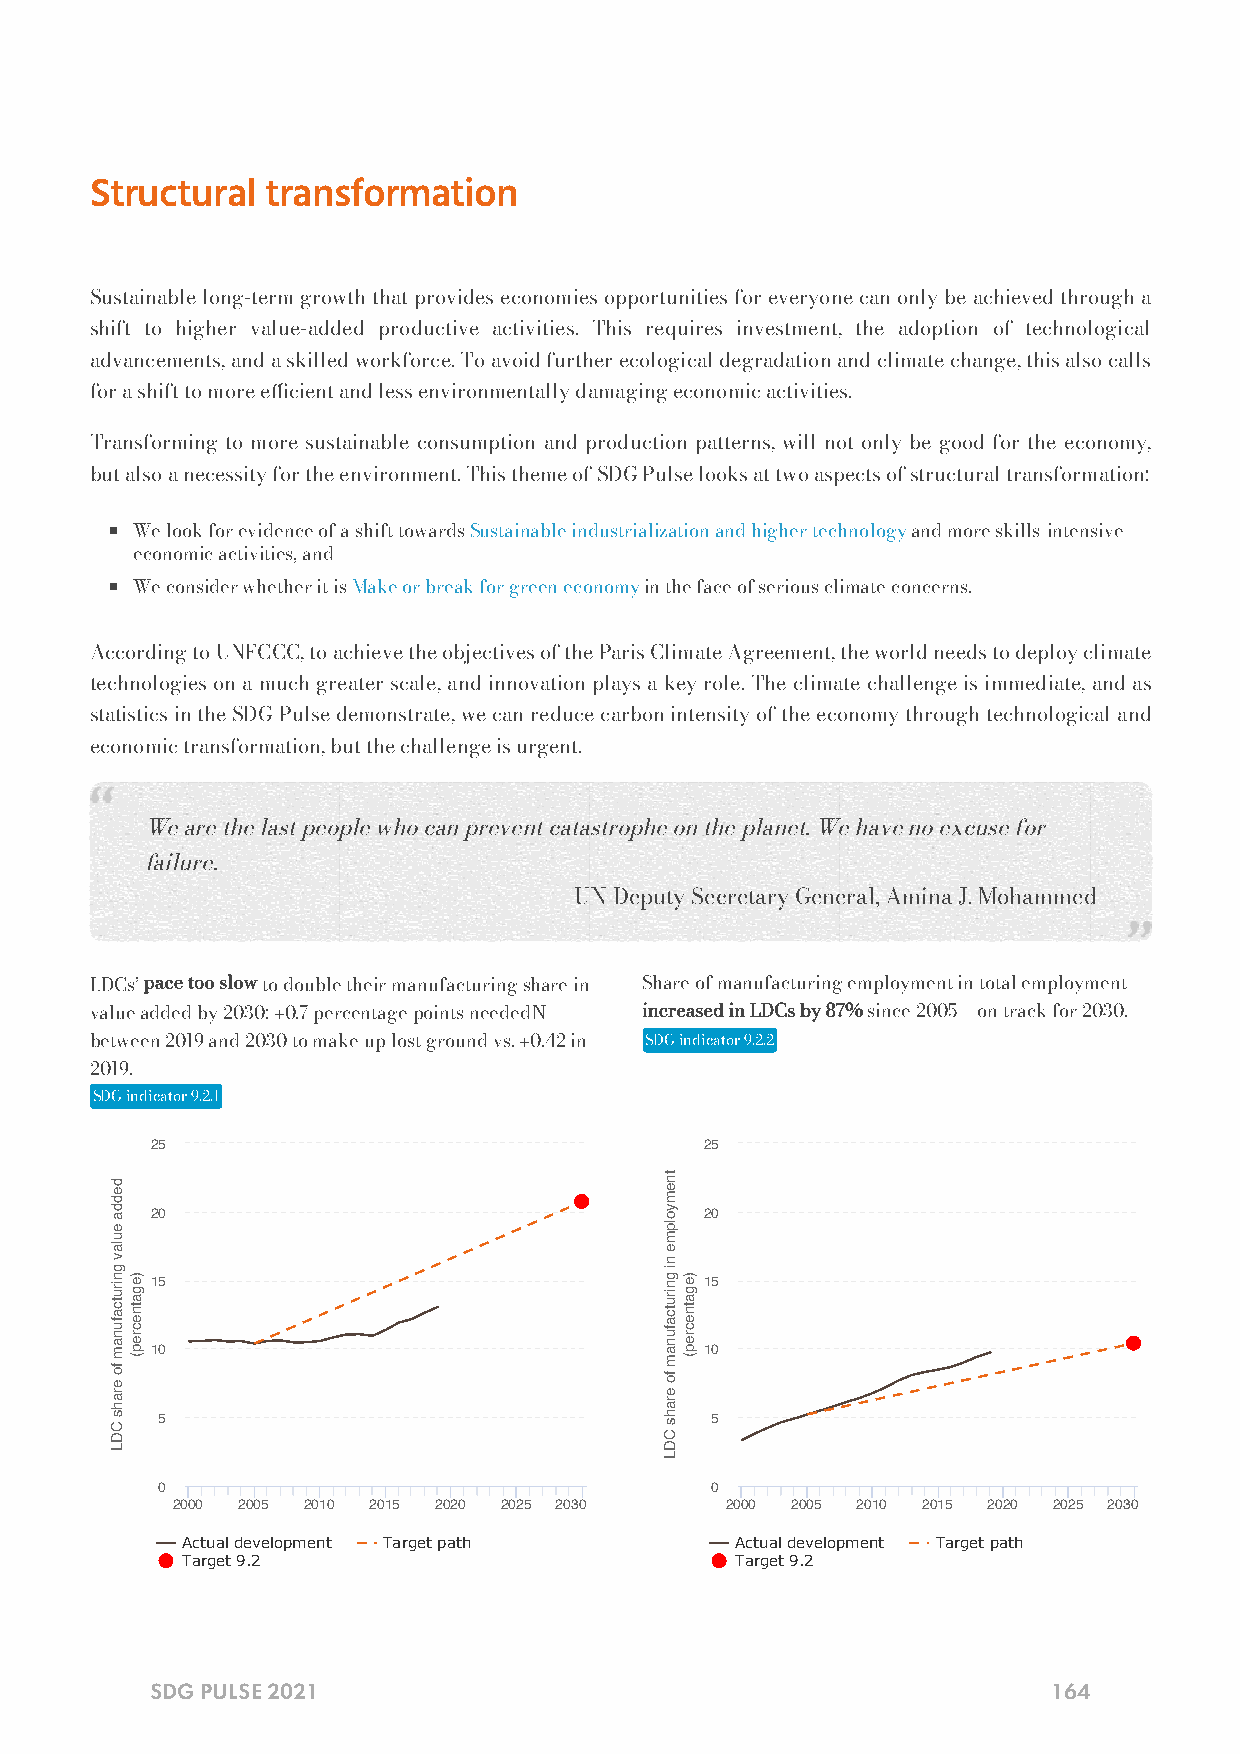
Structural  transformation
 Sustainable long-term growth that provides economies opportunities for everyone can only be achieved through a
 shift to higher value-added productive activities. This requires investment, the adoption of technological
 advancements, and a skilled workforce. To avoid further ecological degradation and climate change, this also calls
 for a shift to more ecient and less environmentally damaging economic activities.
 Transforming to more sustainable consumption and production patterns, will not only be good for the economy,
 but also a necessity for the environment. This theme of SDG Pulse looks at two aspects of structural transformation:
 We look for evidence of a shift towards Sustainable industrialization and higher technology and more skills-intensive
 economic activities, and
 We consider whether it is Make or break for green economy in the face of serious climate concerns.
 According to UNFCCC, to achieve the objectives of the Paris Climate Agreement, the world needs to deploy climate
 technologies on a much greater scale, and innovation plays a key role. The climate challenge is immediate, and as
 statistics in the SDG Pulse demonstrate, we can reduce carbon intensity of the economy through technological and
 economic transformation, but the challenge is urgent.
 We are the last people who can prevent catastrophe on the planet. We have no excuse for
 failure.
 — UN Deputy Secretary General, Amina J. Mohammed
 LDCs’ pace too slow to double their manufacturing share in Share of manufacturing employment in total employment
 value added by 2030: +0.7 percentage points neededN increased in LDCs by 87% since 2005 – on track for 2030.
 between 2019 and 2030 to make up lost ground vs. +0.42 in SDG indicator 9.2.2
 2019.
 SDG indicator 9.2.1
 25                                   25
 20                                   20
 15                                   15
 10                                   10
 5                                    5
 0                                    0
 2000 2005 2010 2015 2020 2025 2030   2000 2005 2010 2015 2020 2025 2030
 Actual development Target path       Actual development Target path
 Target 9.2                           Target 9.2
 SDG PULSE 2021                                              164
 dedda
 eulav
 gnirutcafunam
 fo
 erahs
 CDL
 )egatnecrep(
 tnemyolpme
 ni
 gnirutcafunam
 fo
 erahs
 CDL
 )egatnecrep(